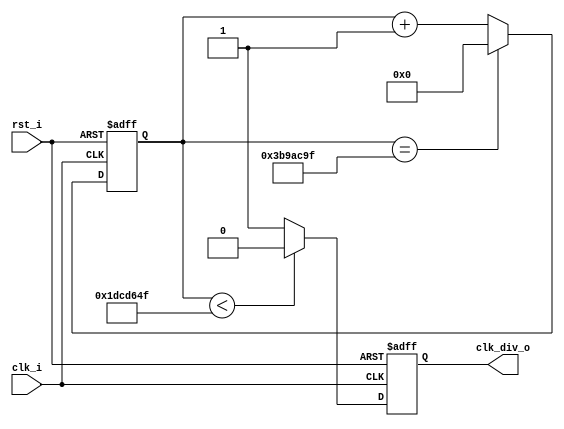
module divider (
  input      clk_i,
  input      rst_i,  // asynchronous active-high reset
  output reg clk_div_o
);

  reg [25:0] cnt;

  always @(posedge clk_i or posedge rst_i) begin
    if (rst_i) begin
      cnt       <= 26'd0;
      clk_div_o <= 'b0;
    end else begin
      if (cnt == 62500000 - 1)
        cnt <= 26'd0;
      else
        cnt <= cnt + 1;

      if (cnt < 31250000 - 1)
        clk_div_o <= 'b0;
      else
        clk_div_o <= 'b1;
    end
  end

endmodule